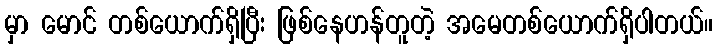
မှာ မောင် တစ်ယောက်ရှိပြီး ဖြစ်နေဟန်တူတဲ့ အမေတစ်ယောက်ရှိပါတယ်။